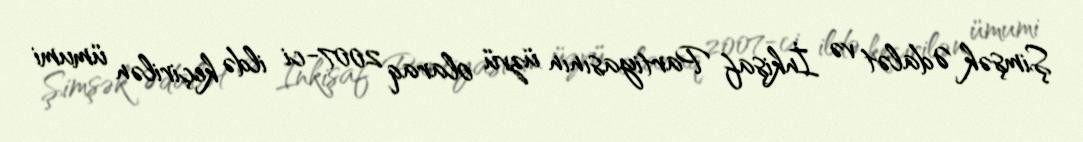
Şimşək Ədalət və İnkişaf Partiyasının üzvü olaraq 2007-ci ildə keçirilən ümumi